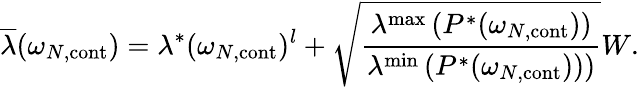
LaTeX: \overline{{\lambda}}(\omega_{N,\mathrm{cont}})=\lambda^{*}(\omega_{N,\mathrm{cont}})^{l}+\sqrt{\frac{\lambda^{\operatorname*{max}}\left(P^{*}(\omega_{N,\mathrm{cont}}\right))}{\lambda^{\operatorname*{min}}\left(P^{*}(\omega_{N,\mathrm{cont}}))\right)}}W.